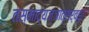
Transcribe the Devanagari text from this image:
तस्माद्यज्ञात्सर्वहुत